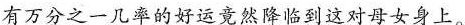
有万分之一几率的好运竟然降临到这对母女身上。